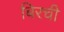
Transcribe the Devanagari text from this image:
बिरची